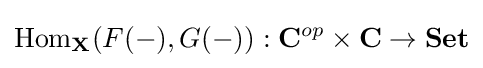
\mathrm {Hom} _{\mathbf {X} }(F(-),G(-)):\mathbf {C} ^{op}\times \mathbf {C} \to \mathbf {Set}